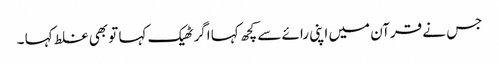
جس نے قرآن میں اپنی رائے سے کچھ کہا اگر ٹھیک کہا تو بھی غلط کہا ۔